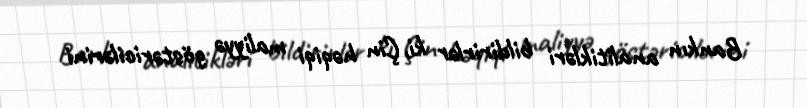
Bankın analitikləri bildirirlər ki, Çin həqiqi maliyyə göstəricilərini